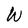
Character: W